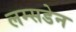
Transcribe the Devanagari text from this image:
लम्सडेन